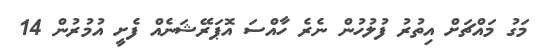
މަގު މައްޗަށް އިތުރު ފުލުހުން ނެރެ ހާއްސަ އޮޕަރޭޝަނެއް ފެށީ އުމުރުން 14